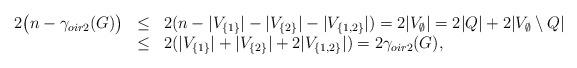
LaTeX: \begin{align*}\begin{array}{lcl}2\big{(}n-\gamma_{oir2}(G)\big{)}&\leq&2(n-|V_{\{1\}}|-|V_{\{2\}}|-|V_{\{1,2\}}|)=2|V_{\emptyset}|=2|Q|+2|V_{\emptyset}\setminus Q|\\&\leq&2(|V_{\{1\}}|+|V_{\{2\}}|+2|V_{\{1,2\}}|)=2\gamma_{oir2}(G),\end{array}\end{align*}